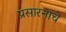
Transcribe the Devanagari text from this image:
प्रसारनाचे